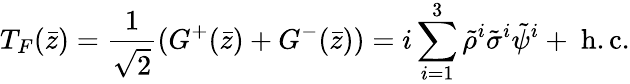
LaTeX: T_{F}(\bar{z})=\frac{1}{\sqrt{2}}(G^{+}(\bar{z})+G^{-}(\bar{z}))=i\sum_{i=1}^{3}\tilde{\rho}^{i}\tilde{\sigma}^{i}\tilde{\psi}^{i}+\mathrm{~h.c.}